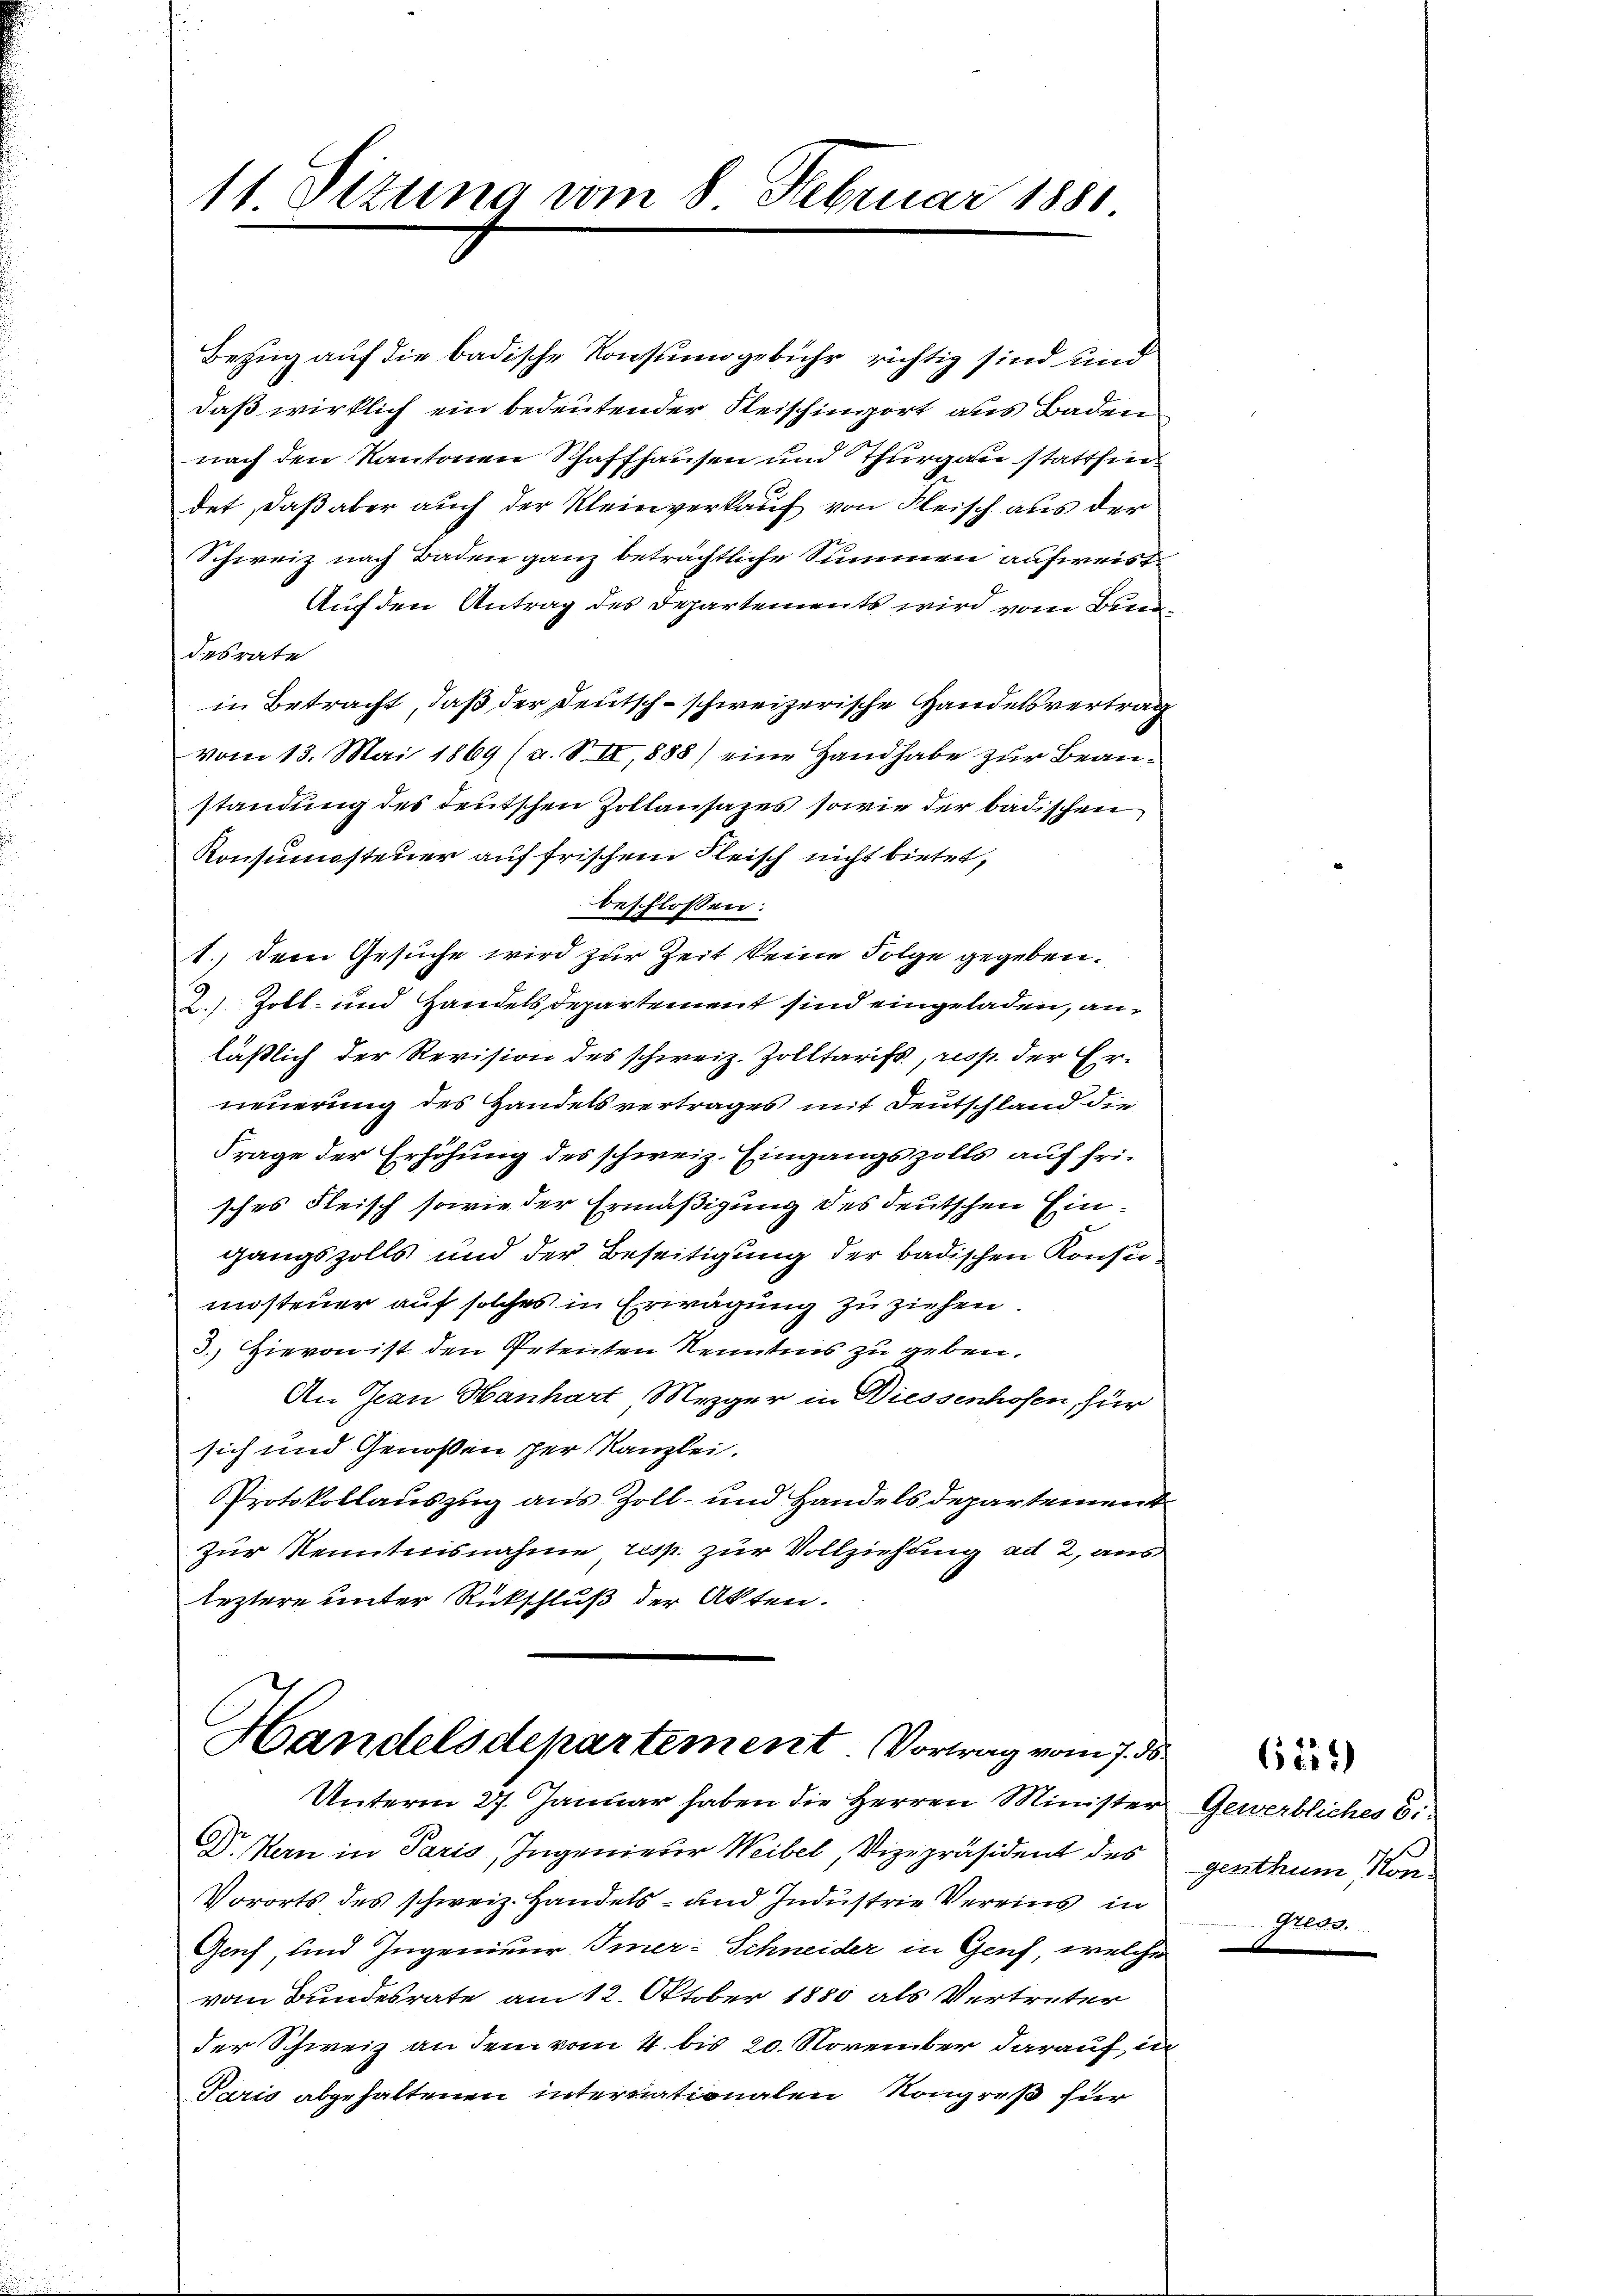
11 Sizung vom 8. Februar 1881

Bezug auf die badische Konsumsgebühr richtig sind und
daß wirklich ein bedeutender Fleischinort aus Baden
nach den Kantonen Schaffhausen und Thurgau stattfin
det, daß aber auch der Kleinverkauf von Fleisch aus der
Schweiz nach Baden ganz beträchtliche Summen aufweiste
Auf den Antrag des Departements wird vom Bundesrate
in Betracht, daß der Deutsch-schweizerische Handelsvertrag
vom 13. Mai 1869 (u. VII, 1888) eine Handhabe zur Beanstandung des deutschen Zollansatzes sowie der badischen
Konsumssteuer auf frischen Fleisch nicht bietet,
beschlossen:
1., dem Gesuche wird zur Zeit keine Folge gegeben.
2. Zoll- und Handelsdepartement sind eingeladen, anläßlich der Revision des schweiz. Zolltarifs, resp. der Erneuerung des Handelsvertrages mit Deutschland die
Frage der Erhöhung des schweiz. Eingangszolls auf frisches Fleisch sowie der Ermäßigung des deutschen Eingangszolls und der Beseitigung der badischen Konsen
msteuer auf solches in Erwägung zu ziehen.
3.) Hievon ist den Petenten Kenntnis zu geben.
An Jean Hanhart Mezger in Diessenhofen, für
sich und Genoßen per Kanzlei.
Protokollauszug aus Zoll- und Handelsdepartement
zur Kenntnisnahme resp. zur Vollziehung ad 2, aus
leztere unter Rückschluß der Akten.

Handelsdepartement Vortrag vom 7. ds.
Unterm 27. Januar haben die Herren Minister Gewerbliches Ei¬

D. Kern in Paris, Ingenieur Weibel, Vizepräsident des
Vororts des schweiz. Handels- und Industrie Vereins in
Genf und Ingenieur Imer-Schneider in Genf, welche
vom Bundesrate am 12. Oktober 1880 als Vertreter
der Schweiz an dem vom 4. bis 20. November darauf in
Paris abgehaltenen internationalen Kongreß für

6122)

genthum Kon
Greos.